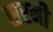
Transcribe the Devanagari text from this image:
सरनी